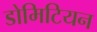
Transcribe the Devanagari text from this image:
डोमिटियन